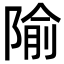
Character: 隃